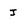
Character: j